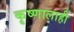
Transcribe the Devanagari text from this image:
कृष्णालाही